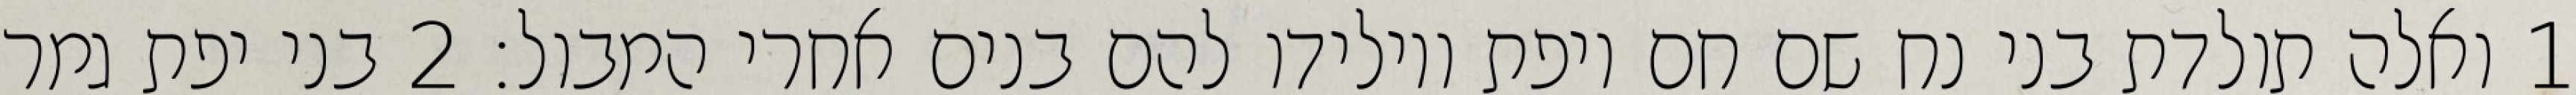
1 ואלה תולדת בני נח שם חם ויפת ויולידו להם בנים אחרי המבול׃ ‎2‏ בני יפת גמר